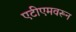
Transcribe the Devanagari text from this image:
एटीएमवरून